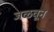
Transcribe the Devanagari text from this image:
जळवून